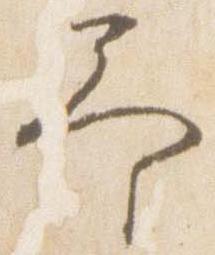
予